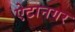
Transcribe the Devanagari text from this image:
ऐटानगर